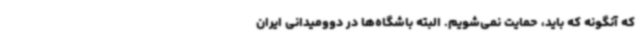
که آنگونه که باید، حمایت نمی‌شویم. البته باشگاه‌ها در دوومیدانی ایران